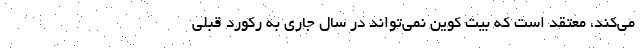
می‌کند، معتقد است که بیت کوین نمی‌تواند در سال جاری به رکورد قبلی